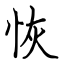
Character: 恢